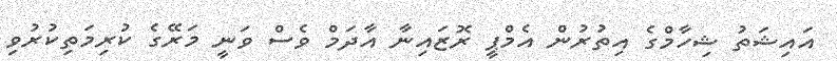
އައިޝަތު ޝިހާމްގެ އިތުރުން އެމްޕީ ރޮޒައިނާ އާދަމް ވެސް ވަނީ މަރޭގެ ކުރިމަތިކުރުވި